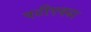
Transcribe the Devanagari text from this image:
पटीएवढा